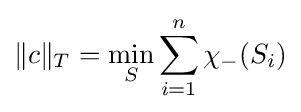
\|c\|_{T}=\min _{S}\sum _{i=1}^{n}\chi _{-}(S_{i})